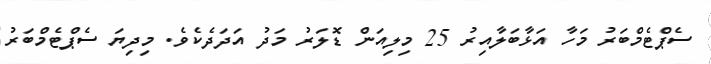
ސެޕްޓެމްބަރު މަހާ އަޅާބަލާއިރު 25 މިލިއަން ޑޮލަރު މަދު އަދަދެކެވެ. މިދިޔަ ސެޕްޓެމްބަރު